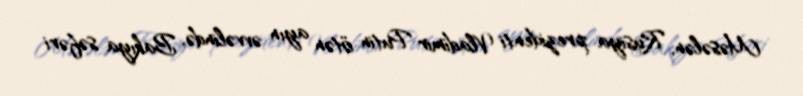
Məsələn, Rusiya prezidenti Vladimir Putin ötən ayın əvvəlində, Bakıya səfəri